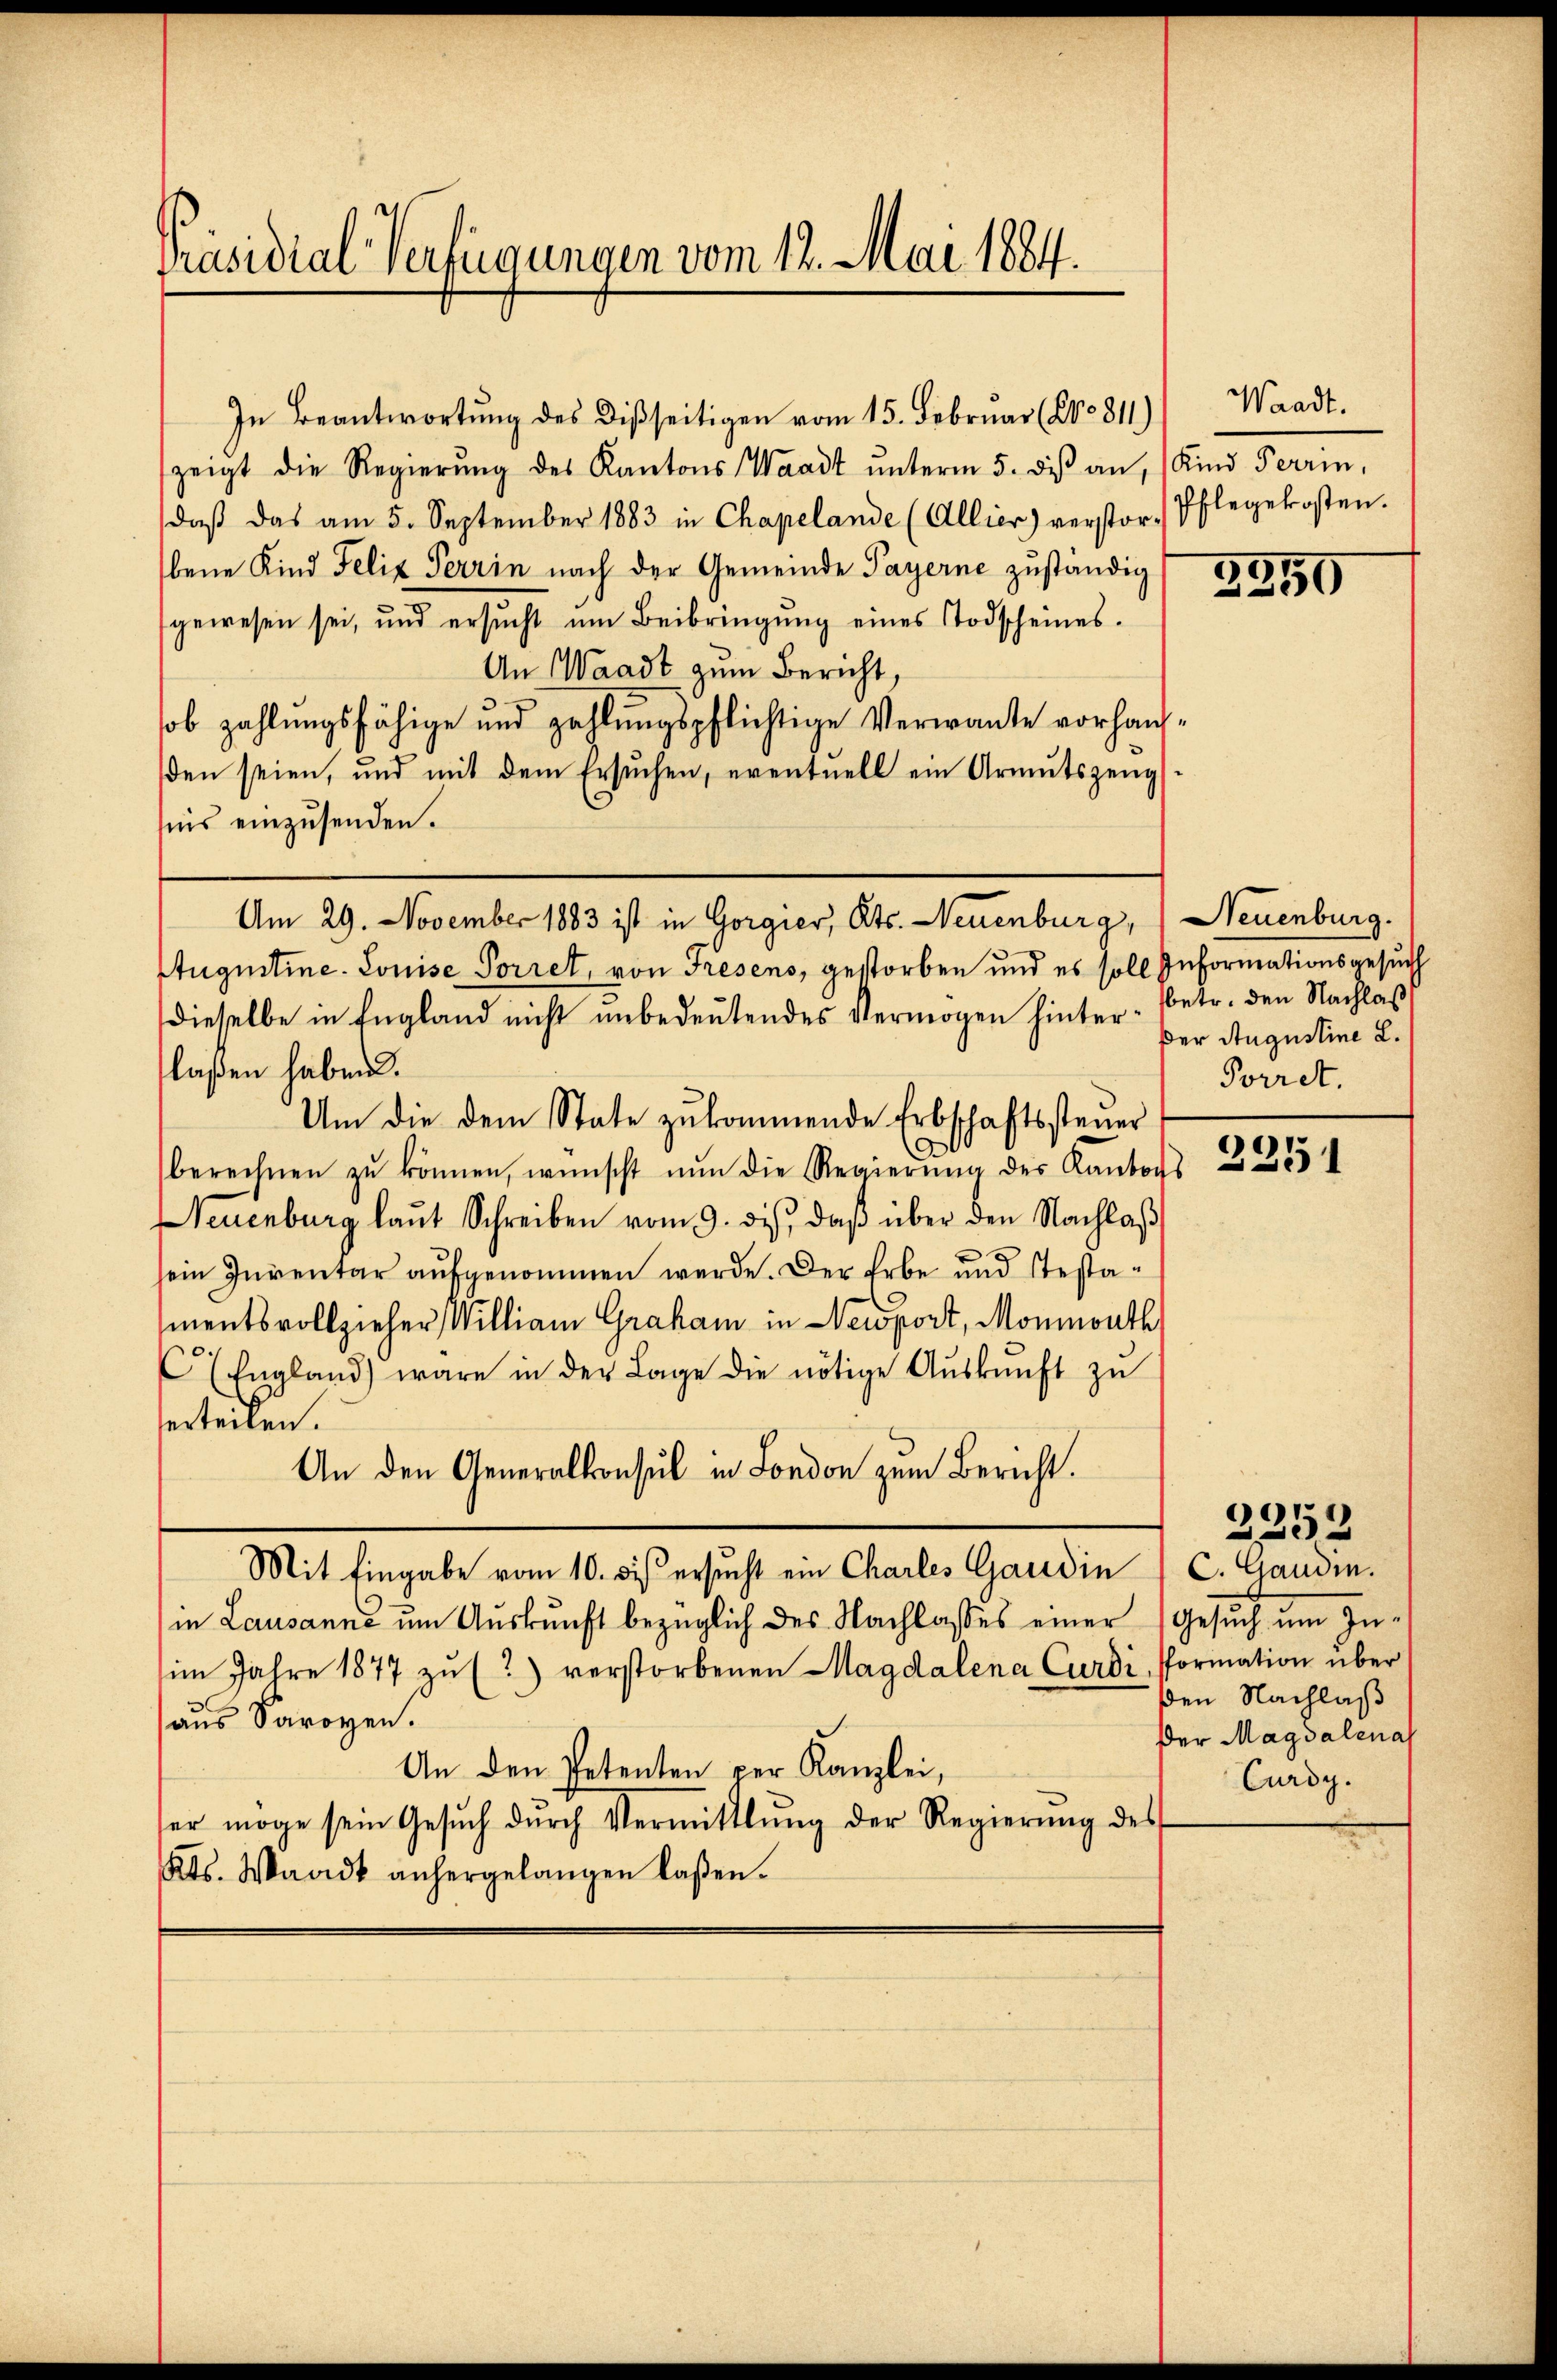
Präsidial-Verfügungen vom 12. Mai 1884.

In Beantwortung des Disseitigen vom 15. Februar (Co 811)
zeigt die Regierŭng des Kantons Waadt ŭnterm 5. des an, (Kind Terrin,
daβ das am 5. September 1883 in Chapelande (Allier) verstor Pflegekosten.
bene Kind Felix Terrin nach der Gemeinde Payerne zuständig
gewesen sei, und ersŭcht um Beibringŭng eines Todscheines.
An Waadt zum Bericht,
ob zahlungsfähige und zahlŭngspflichtige Verwante vorhanden seien, und mit dem Ersŭchen, eventuell ein Armutszeug
siis einzusenden.
Stugustine. Louise Porret, von Fresens, gestorben und es soll Informationsgesuch
dieselbe in England nicht unbedeŭtendes Vermögen hinter- betr. den Nachlas
laßen haben.
Um die dem State zukommende Erbschaftssteuer
berechnen zŭ können, wünscht nun die Regierŭng des Kanton
Neuenburg laut Schreiben vom 9. dis, daß über den Nachlaß
sein Inventar aufgenommen werde. Der Erbe und Testamentsvollzieher William Graham in Newsport, Monmouth
(England wäre in der Lage die nötige Aŭskŭnft zŭ
erteilen.
An den Generalkonsul in London zum Bericht.
Mit Eingabe vom 10. dis ersucht ein Charles Gaudin
in Lausanne um Auskunft bezüglich des Nachlasses einer Gesuch um Zu-
im Jahre 1877 zŭ (?) verstorbenen Magdalena Curdi, Pformation über
aus Saroyen.
An den Petenten per Kanzlei,
er möge sein Gesŭch dŭrch Vermittlung der Regierŭng des
Kts. Waadt anhergelangen laßen.

Am 29. November 1883 ist in Gorgier, Kts. Neuenburg, Neuenburg.

Waadt.

3259

“

Der Augustine L.
Porret.

2351

C. Gandin.
den Nachlaß
der Magdalenal
Curdy.

2252